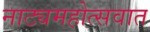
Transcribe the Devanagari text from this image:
नाट्यमहोत्सवात